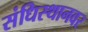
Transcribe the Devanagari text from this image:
संधिस्थानवर